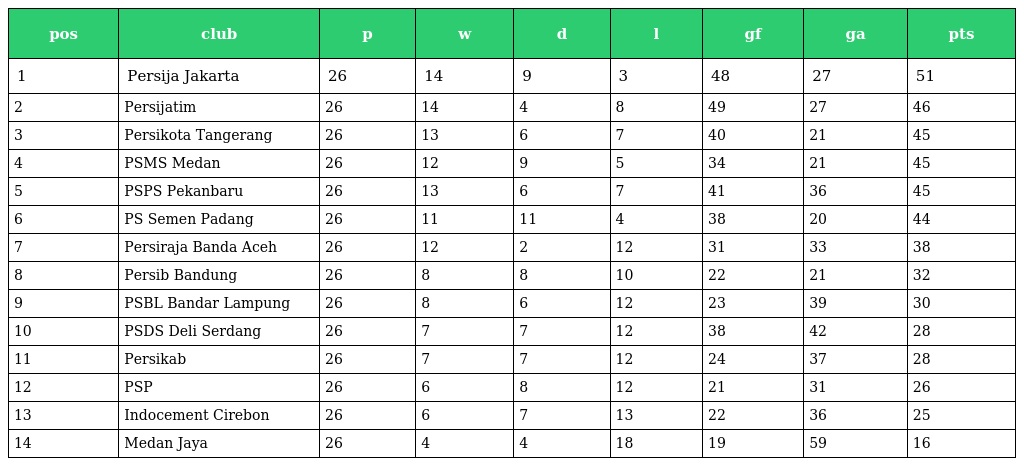
| pos | club | p | w | d | l | gf | ga | pts |
 | --- | --- | --- | --- | --- | --- | --- | --- | --- |
 | 1 | Persija Jakarta | 26 | 14 | 9 | 3 | 48 | 27 | 51 |
 | 2 | Persijatim | 26 | 14 | 4 | 8 | 49 | 27 | 46 |
 | 3 | Persikota Tangerang | 26 | 13 | 6 | 7 | 40 | 21 | 45 |
 | 4 | PSMS Medan | 26 | 12 | 9 | 5 | 34 | 21 | 45 |
 | 5 | PSPS Pekanbaru | 26 | 13 | 6 | 7 | 41 | 36 | 45 |
 | 6 | PS Semen Padang | 26 | 11 | 11 | 4 | 38 | 20 | 44 |
 | 7 | Persiraja Banda Aceh | 26 | 12 | 2 | 12 | 31 | 33 | 38 |
 | 8 | Persib Bandung | 26 | 8 | 8 | 10 | 22 | 21 | 32 |
 | 9 | PSBL Bandar Lampung | 26 | 8 | 6 | 12 | 23 | 39 | 30 |
 | 10 | PSDS Deli Serdang | 26 | 7 | 7 | 12 | 38 | 42 | 28 |
 | 11 | Persikab | 26 | 7 | 7 | 12 | 24 | 37 | 28 |
 | 12 | PSP | 26 | 6 | 8 | 12 | 21 | 31 | 26 |
 | 13 | Indocement Cirebon | 26 | 6 | 7 | 13 | 22 | 36 | 25 |
 | 14 | Medan Jaya | 26 | 4 | 4 | 18 | 19 | 59 | 16 |